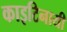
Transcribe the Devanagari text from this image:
काइटिनायी